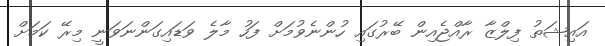
އައިޝަތު ފިލްޒާ ރާއްޖެއިން ބޭރުގައި ހުންނެވުމަށް ފަހު މާލެ ވަޑައިގަންނަވަނީ މިރޭ ކަމަށް